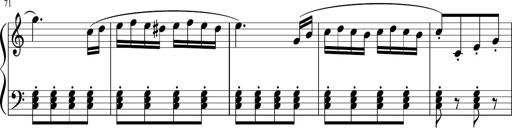
Title: 3 Sonatinen
Composer: Heinrich Lichner